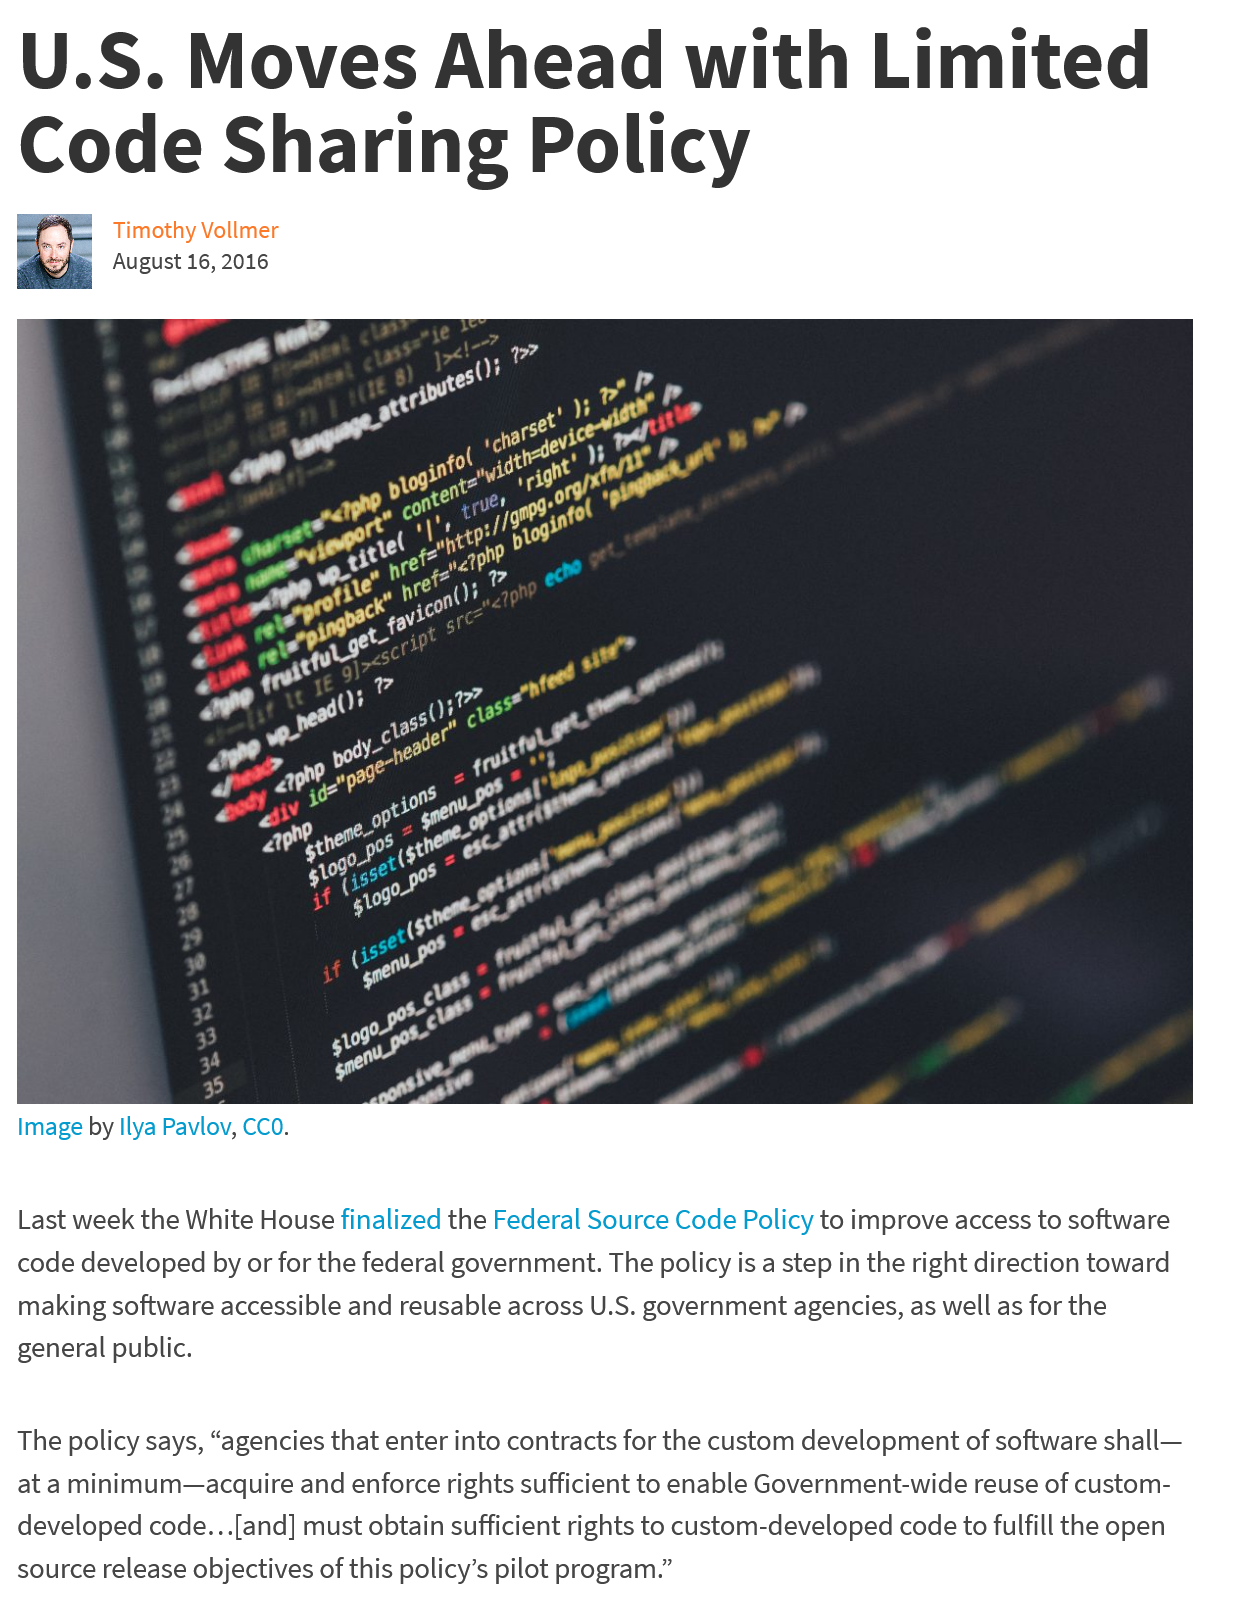
U.S.    Moves    Ahead    with    Limited
  Code    Sharing    Policy
     a
     cl
     a]
     a
     cd
  Image by Ilya Pavlov, CCO.
  Last week the White House finalized the Federal Source Code Policy to improve access to software
  code developed by or for the federal government. The policy is a step in the right direction toward
  making software accessible and reusable across U.S. government agencies, as well as for the
  general public.
  The policy says, “agencies that enter into contracts for the custom development of software shall—
  at a minimum—acquire and enforce rights sufficient to enable Government-wide reuse of custom-
  developed code...[and] must obtain sufficient rights to custom-developed code to fulfill the open
  source release objectives of this policy’s pilot program.”
     Timothy Vollmer
     August 16, 2016